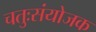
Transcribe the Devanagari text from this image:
चतुःसंयोजक